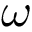
\omega